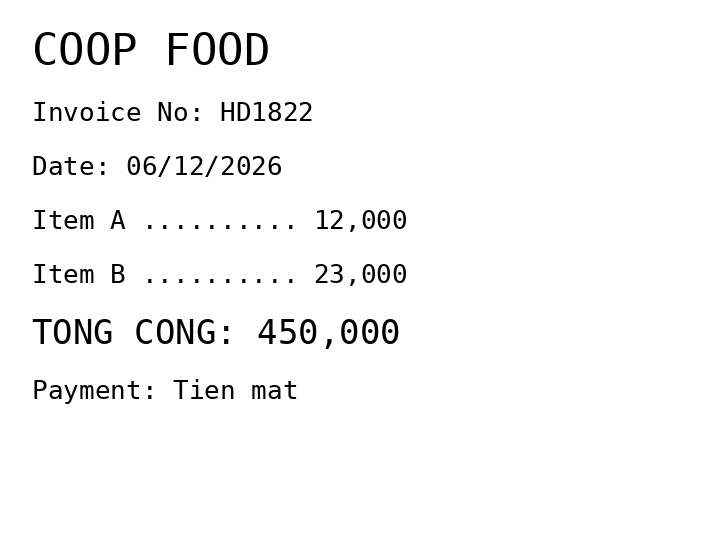
COOP FOOD
Invoice No: HD1822
Date: 06/12/2026
Item A .......... 12,000
Item B .......... 23,000
TONG CONG: 450,000
Payment: Tien mat
Merchant: coop food
Date: 2026-12-06
Total: 450000
Invoice No: HD1822
Payment method: CASH